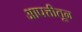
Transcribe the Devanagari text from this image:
आपत्तीतून